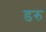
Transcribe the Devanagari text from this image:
डरु